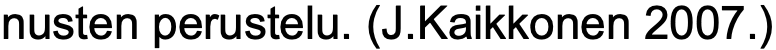
nusten perustelu. (J.Kaikkonen 2007.)